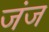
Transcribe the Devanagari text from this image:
जंज